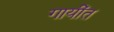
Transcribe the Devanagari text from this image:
गायींत